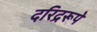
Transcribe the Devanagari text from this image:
दरिद्ररूपे